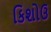
કિશોઉ